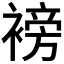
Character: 𮖧